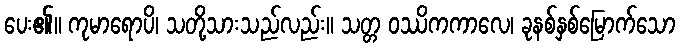
ပေး၏။ ကုမာရောပိ၊ သတို့သားသည်လည်း။ သတ္တ ဝဿိကကာလေ၊ ခုနစ်နှစ်မြောက်သော